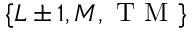
\{ L \pm 1 , M , \mathrm { ~ T ~ M ~ } \}